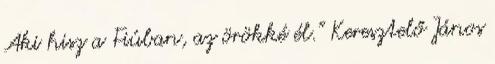
Aki hisz a Fiúban, az örökké él.” Keresztelő János